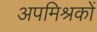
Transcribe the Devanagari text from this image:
अपमिश्रकों